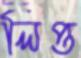
লিপ্ত